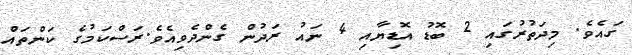
ގައެވެ. މިދަތުރުގައި 2 ބޮޑު އޮޑިޔާއި 4 ނައު ރަދުން ގެންދެވިއެވެ.ރަސްކަމުގެ ކަންތައް